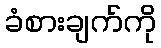
ခံစားချက်ကို